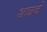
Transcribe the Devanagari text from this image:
शात्रवं